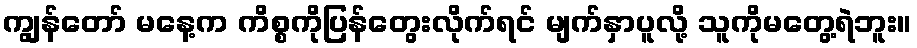
ကျွန်တော် မနေ့က ကိစ္စကိုပြန်တွေးလိုက်ရင် မျက်နှာပူလို့ သူကိုမတွေ့ရဲဘူး။